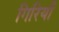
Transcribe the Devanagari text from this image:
गिरियाँ